Kambja_algkool, lk 126
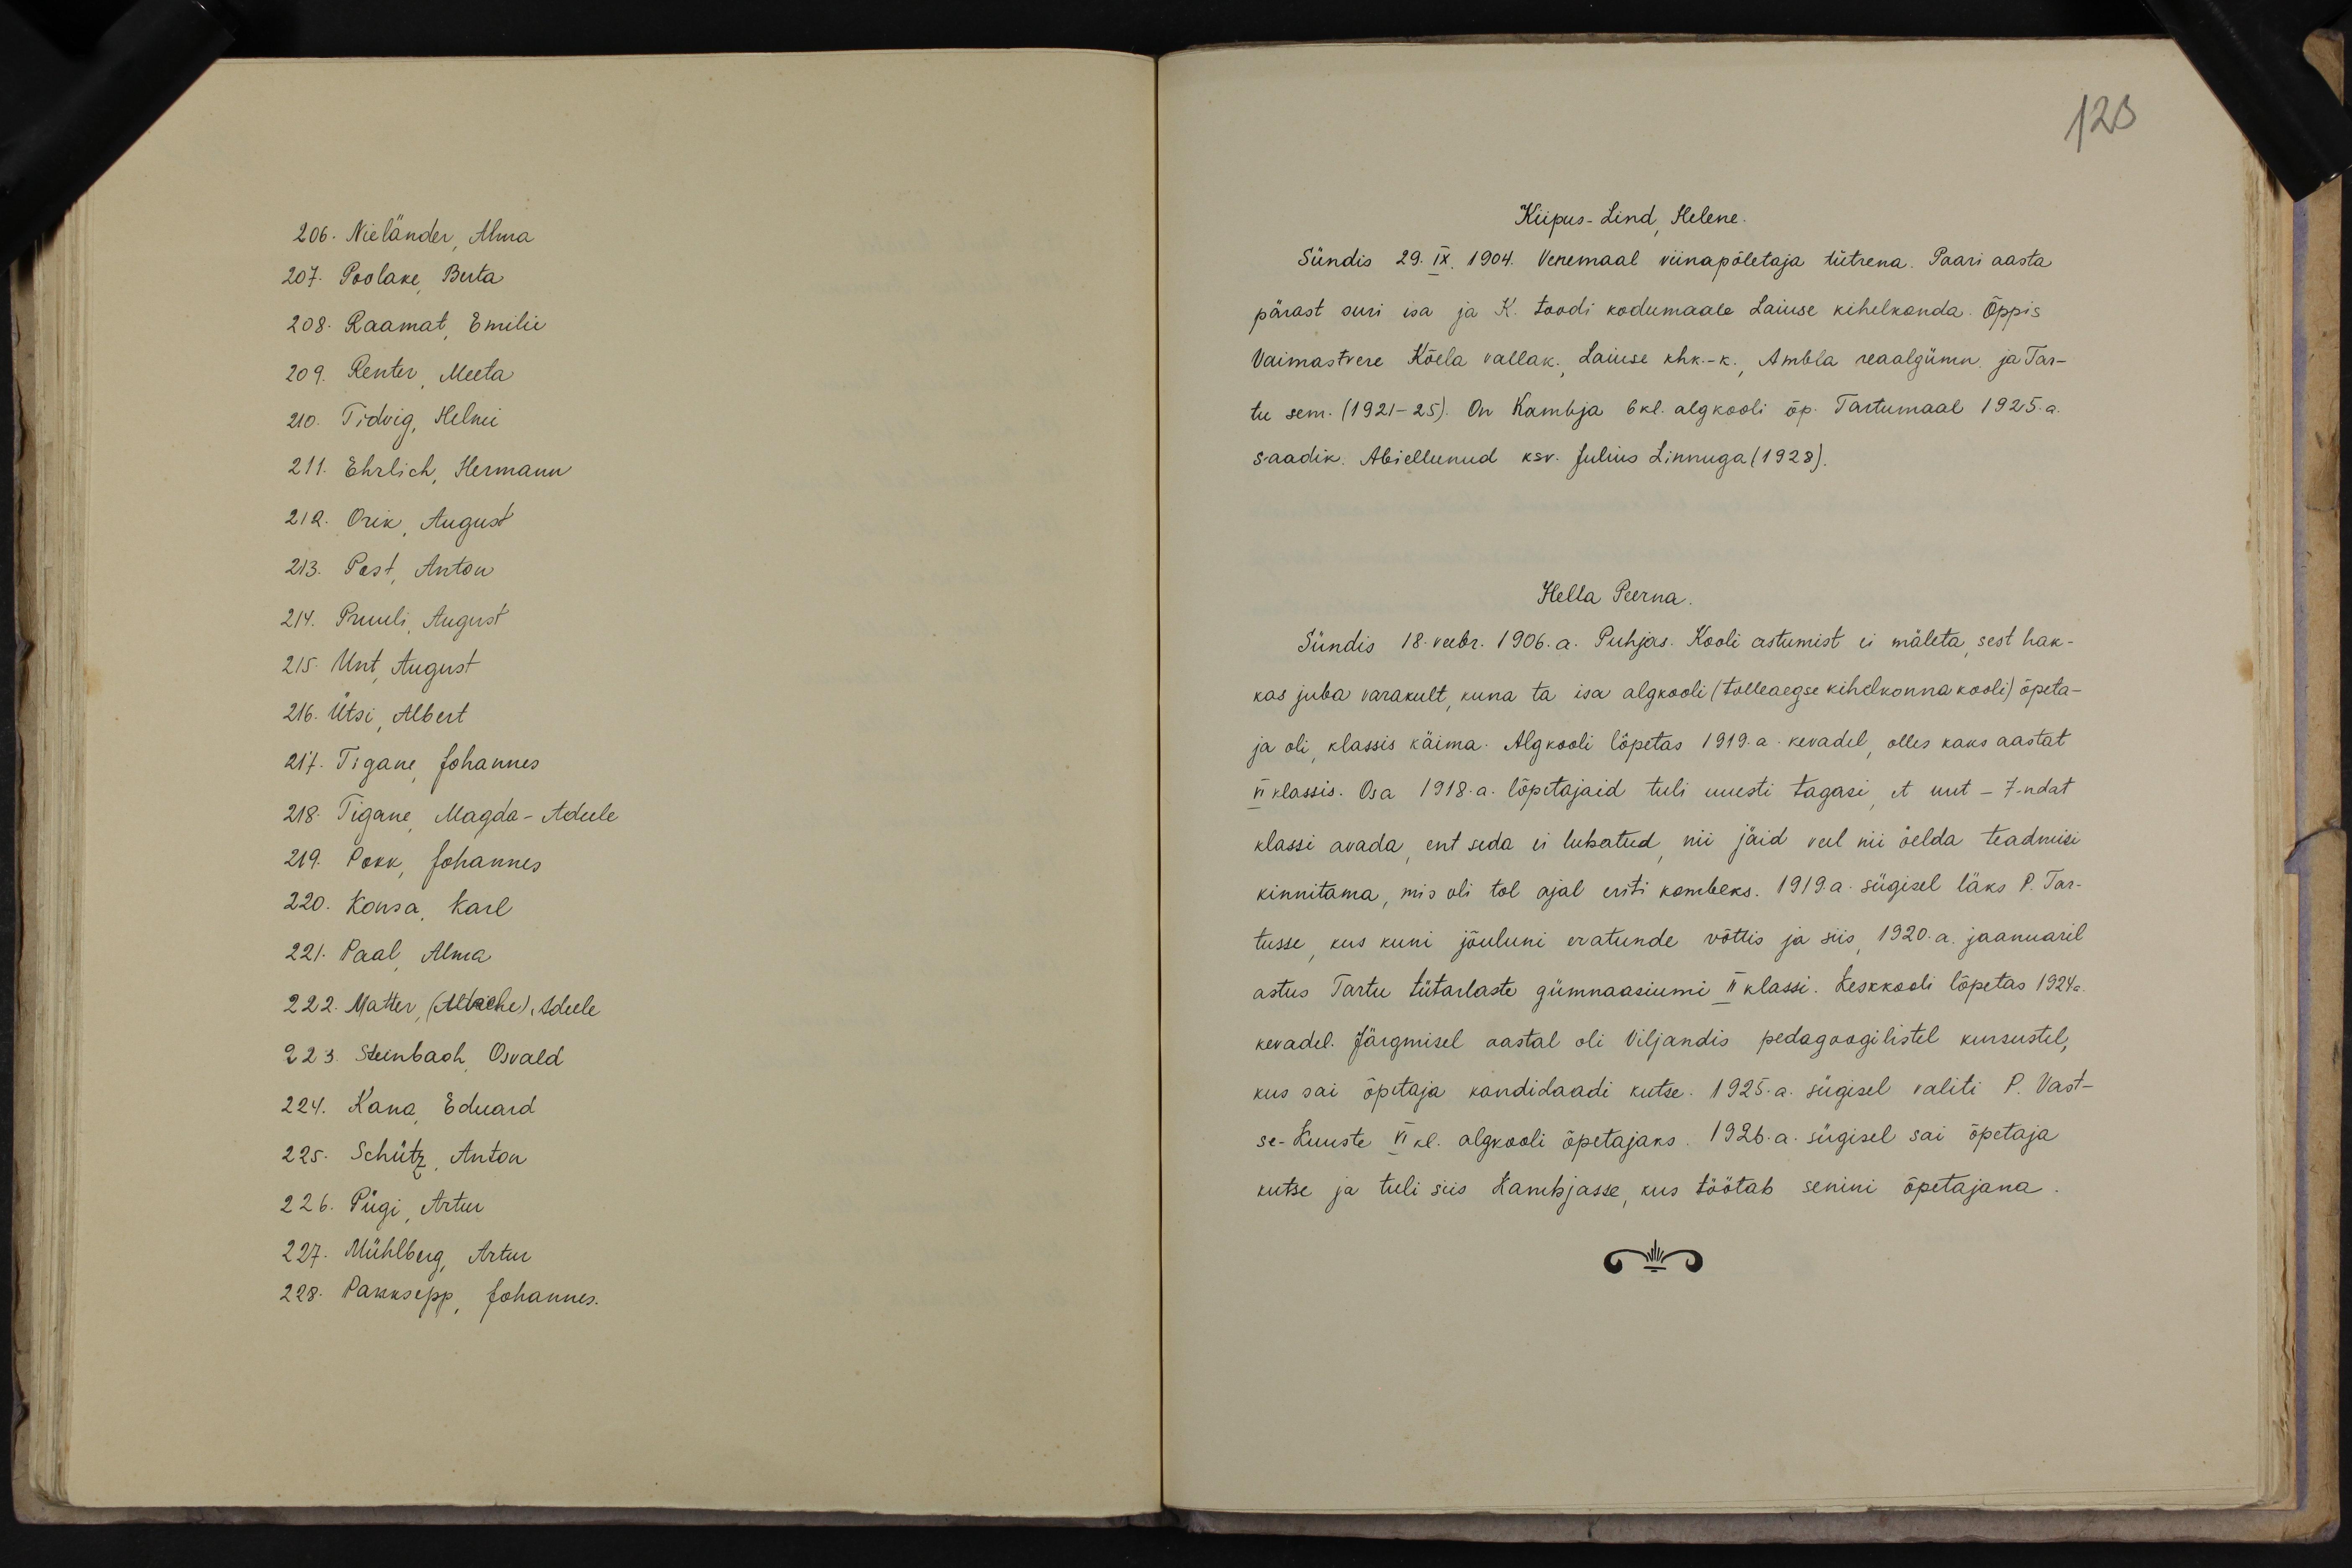
206. Nieländer, Alma
207. Poolake, Berta
208. Raamat, Emilie
109. Renter, Meeta
210. Tidvig, Helmi
211. Ehrlich, Hermann
212. Orik, August
213. Post, Anton
24. Pruuli, August
215. Unt, August
216. Ütsi, Albert
27. Tigane, Johannes
28. Tigane, Magda-Adeele
219. Pokk, Johannes
220. Konsa, Karl
221. Paal, Alma
22. Matter, (Adaehe), Adeele
223. Steinbach, Osvald
224. Kana, Eduard
225. Schütz, Anton
226. Pügi, Artur
227. Mühlberg, Artur
228. Pakksepp, Johannes.

123
Kiipus-Lind, Helene.
Sündis 29. IX. 1904. Venemaal viinapõletaja tütrena. Paari aasta
pärast suri isa ja K. toodi kodumaale Laiuse kihelkonda. Õppis
Vaimastvere Kõela vallak. Laiuse khk.-k., Ämbla reaalgümn. ja Tar-
tu sem. (1921-25). On Kambja 6 kl. algkooli õp. Tartumaal 1925.a.
saadik. Abiellunud ksv. Julius Linnuga (1928).
Hella Peerna.
Sündis 18. veebr. 1906. a. Puhjas. Kooli astumist ei mäleta, sest hak-
kas juba varakult, kuna ta isa algkooli (tolleaegse kihelkonnakooli) õpeta-
ja oli, klassis käima. Algkooli lõpetas 1919.a. kevadel olles kaks aastat
VI klassis. Osa 1918.a. lõpetajaid tuli uuesti tagasi, et uut - 7-ndat
klassi avada, ent seda ei lubatud, nii jäid veel nii öelda teadmisi
kinnitama, mis oli tol ajal eriti kombeks. 1919. a. sügisel läks P. Tar-
tusse, kus kuni jõuluni eratunde võttis ja siis 1920. a. jaanuaril
astus Tartu tütarlaste gümnaasiumi II klassi. Keskkooli lõpetas 1924 a.
kevadel. Järgmisel aastal oli Viljandis pedagoogilistel kursustel,
kus sai õpetaja kandidaadi kutse. 1925.a. sügisel valiti P. Vast-
se-Kuuste VI kl. algkooli õpetajaks. 1926.a. sügisel sai öpetaja
kutse ja tuli siis Kambjasse, kus töötab senini õpetajana.